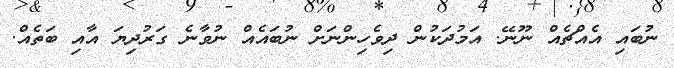
ނުބައި އެއްޗެއް ނޫނޭ. އަމުދަކުން ދިވެހިންނަށް ނުބައެއް ނުވާނެ ގަރުދިޔަ އާއި ބަތެއް.